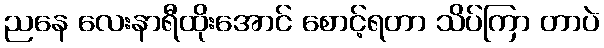
ညနေ လေးနာရီထိုးအောင် စောင့်ရတာ သိပ်ကြာ တာပဲ